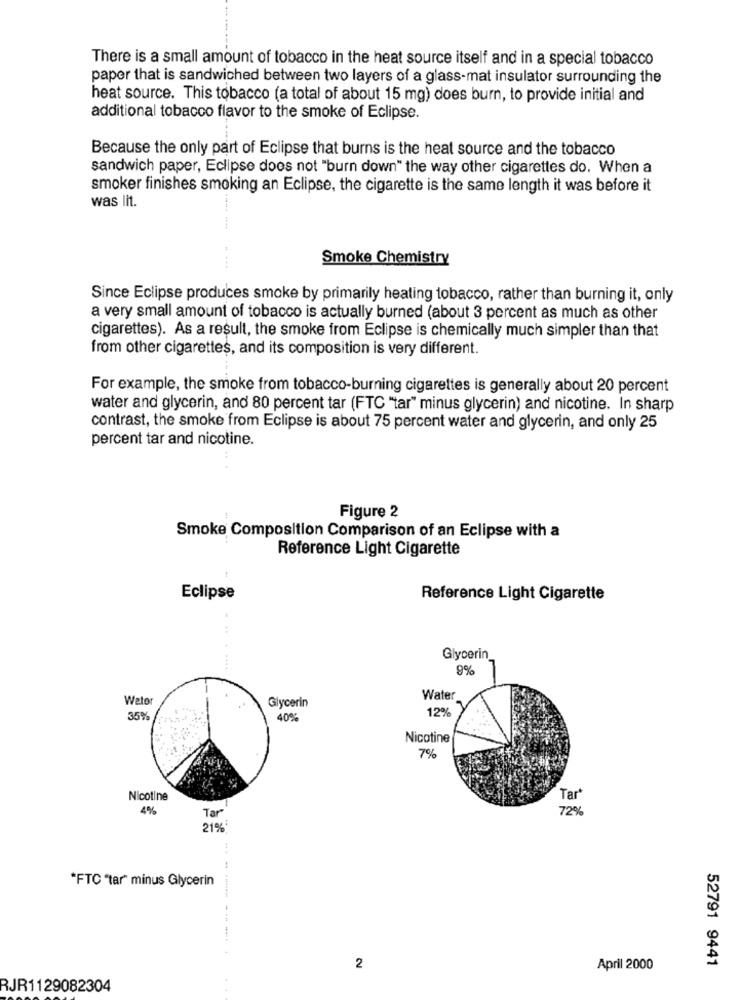
There is a small amount of tobacco in the heat source itself and in a special tobacco
paper that is sandwiched between two layers of a glass-mat insulator surrounding the
heat source. This tobacco (a total of about 15 mg) does burn, to provide initial and
additional tobacco flavor to the smoke of Eclipse.
Because the only part of Eclipse that burns is the heat source and the tobacco
sandwich paper, Eclipse does not "burn down" the way other cigarettes do. When a
smoker finishes smoking an Eclipse, the cigarette is the same length it was before it
was lit.
Smoke Chemistry
....
Since Eclipse produces smoke by primarily heating tobacco, rather than burning it, only
a very small amount of tobacco is actually burned (about 3 percent as much as other
cigarettes). As a result, the smoke from Eclipse is chemically much simpler than that
from other cigarettes, and its composition is very different.
For example, the smoke from tobacco-burning cigarettes is generally about 20 percent
water and glycerin, and 80 percent tar (FTC "tar" minus glycerin) and nicotine. In sharp
contrast, the smoke from Eclipse is about 75 percent water and glycerin, and only 25
percent tar and nicotine.
Figure 2
Smoke Composition Comparison of an Eclipse with a
Reference Light Cigarette
Eclipse
Reference Light Cigarette
Glycerin
9%
Weto
Glycerin
Water
35%
40%
12%
Nicotine
7%
Nicotine
Tar
4%
72%
Tar"
21%
*FTC "tar" minus Glycerin
-------- ------
52791 9441
2
April 2000
RJR1129082304